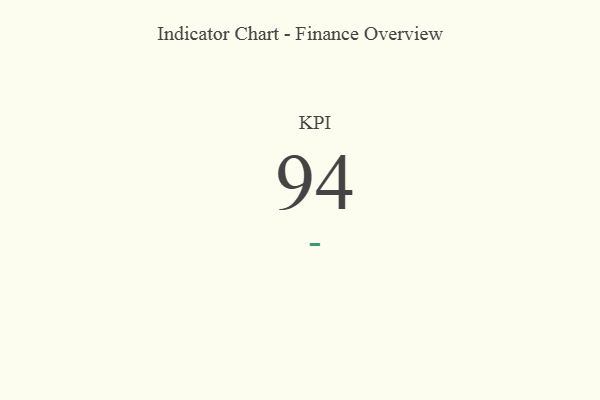
{"axis": {"x": "KPI", "y": "Value"}, "legend": [""], "data": [{"x": "KPI", "y": 94, "type": ""}]}